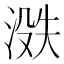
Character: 𪶟